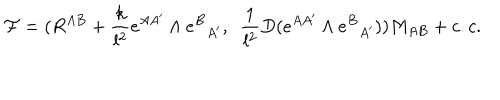
{ \cal F } = ( R ^ { A B } + { \frac { k } { l ^ { 2 } } } e ^ { A A ^ { \prime } } \wedge e ^ { B } { } _ { A ^ { \prime } } , ~ ~ { \frac { 1 } { l ^ { 2 } } } D ( e ^ { A A ^ { \prime } } \wedge e ^ { B } { } _ { A ^ { \prime } } ) ) M _ { A B } + c . c .